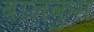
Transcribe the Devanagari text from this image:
बालकुम